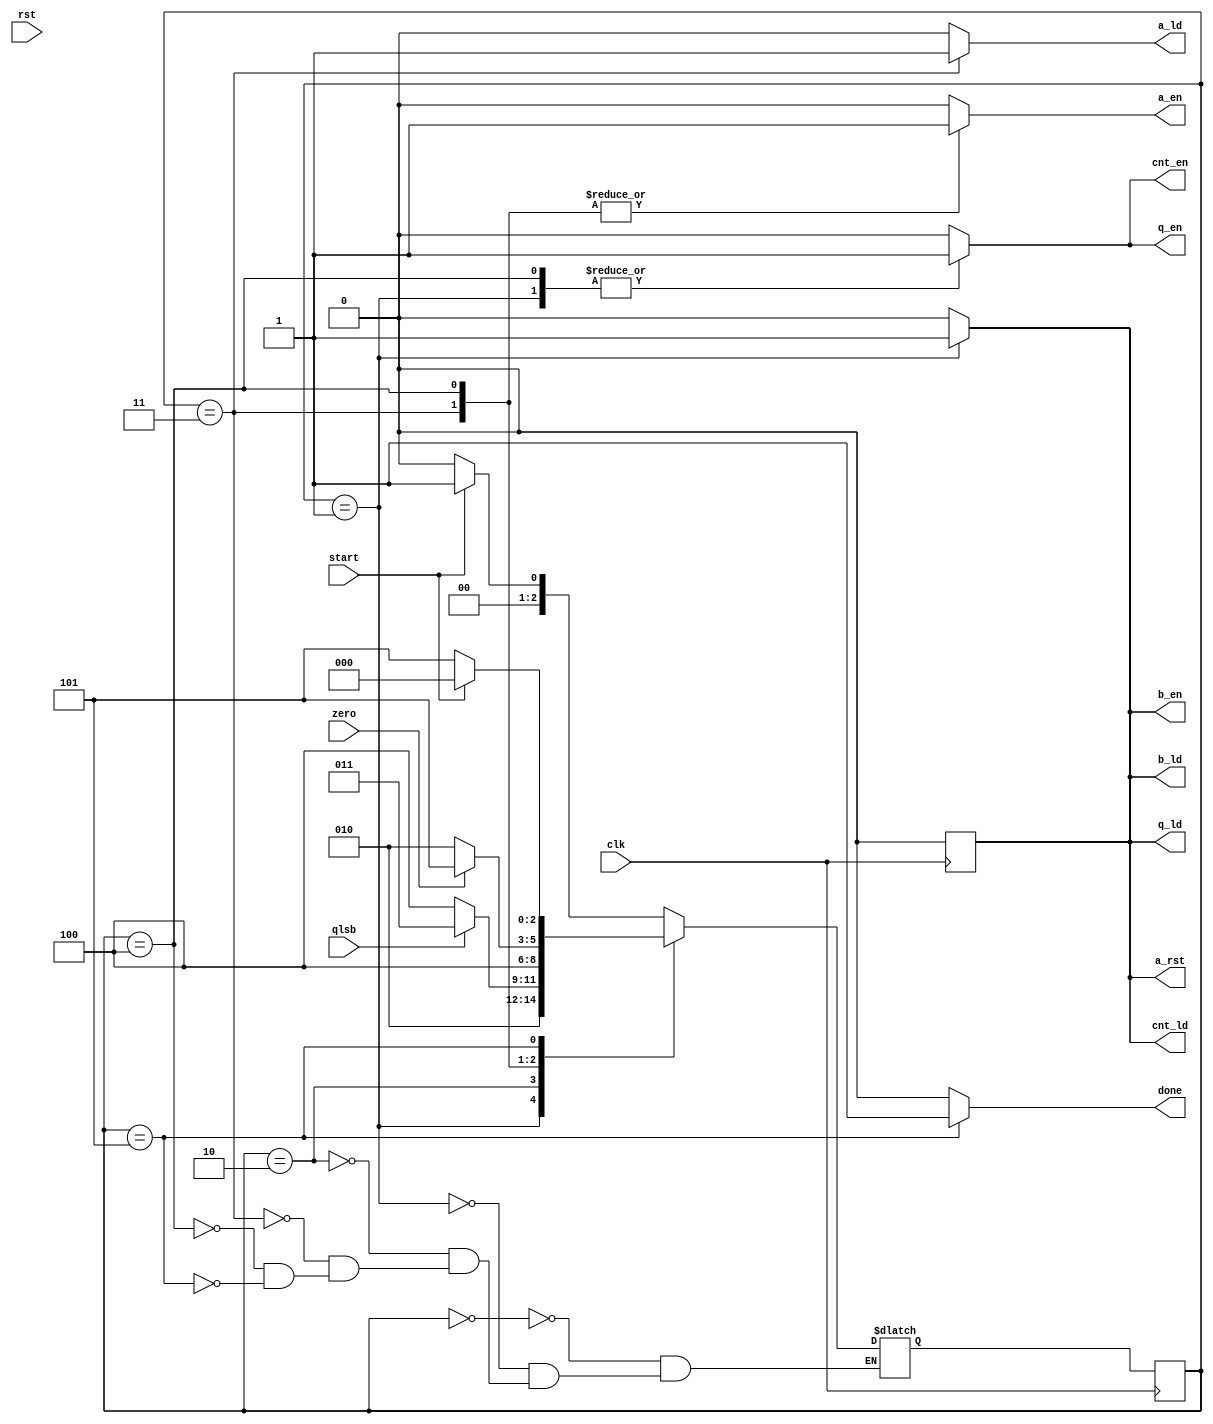
module multiplicador_uc(
     input  clk, rst, start, qlsb, zero,
     output reg a_rst, a_en, b_en, q_en, cnt_en,
            a_ld, b_ld, q_ld, cnt_ld, done
);
	reg [2:0] state;
	reg [2:0] next_state;	
	reg [9:0] out;
	always @(posedge clk) begin
		a_rst = 0;
		if (rst) state = 0;
		state <= next_state;
	end
	always @(state) begin
		case(state)
			0:	if (start) next_state = 1;
				else next_state = 0;
			1:	next_state = 2;
			2:	if (qlsb) next_state = 3;
				else next_state = 4;	
			3:	next_state = 4;
			4:	if (zero) next_state = 5;
				else next_state = 2;
			5: 	if (!start) next_state = 5;
				else next_state = 0;
		endcase
	end
	always @(state)
		case(state)
			0:	begin 
					a_rst  = 0;
					a_en   = 0;
					b_en   = 0;
					q_en   = 0;
					cnt_en = 0;
					a_ld   = 0;
					b_ld   = 0;
					q_ld   = 0;
					cnt_ld = 0;
					done   = 0;
				end
			1:	begin 
					a_rst  = 1;
					a_en   = 0;
					b_en   = 1;
					q_en   = 1;
					cnt_en = 1;
					a_ld   = 0;
					b_ld   = 1;
					q_ld   = 1;
					cnt_ld = 1;
					done   = 0;
				end
			2:	begin 
					a_rst  = 0;
					a_en   = 0;
					b_en   = 0;
					q_en   = 0;
					cnt_en = 0;
					a_ld   = 0;
					b_ld   = 0;
					q_ld   = 0;
					cnt_ld = 0;
					done   = 0;
				end
			3:	begin 
					a_rst  = 0;
					a_en   = 1;
					b_en   = 0;
					q_en   = 0;
					cnt_en = 0;
					a_ld   = 1;
					b_ld   = 0;
					q_ld   = 0;
					cnt_ld = 0;
					done   = 0;
				end
			4:	begin 
					a_rst  = 0;
					a_en   = 1;
					b_en   = 0;
					q_en   = 1;
					cnt_en = 1;
					a_ld   = 0;
					b_ld   = 0;
					q_ld   = 0;
					cnt_ld = 0;
					done   = 0;
				end
			5:	begin 
					a_rst  = 0;
					a_en   = 0;
					b_en   = 0;
					q_en   = 0;
					cnt_en = 0;
					a_ld   = 0;
					b_ld   = 0;
					q_ld   = 0;
					cnt_ld = 0;
					done   = 1;
				end
			default begin 
					a_rst  = 0;
					a_en   = 0;
					b_en   = 0;
					q_en   = 0;
					cnt_en = 0;
					a_ld   = 0;
					b_ld   = 0;
					q_ld   = 0;
					cnt_ld = 0;
					done   = 0;
				end
		endcase
endmodule